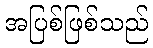
အပြစ်ဖြစ်သည်